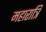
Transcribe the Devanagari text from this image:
महारात्रि